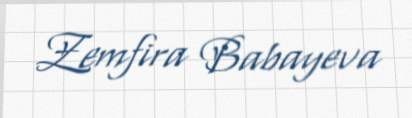
Zemfira Babayeva